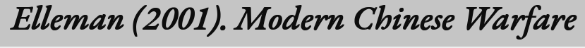
Elleman (2001). Modern Chinese Warfare